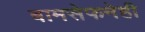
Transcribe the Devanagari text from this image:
बामसेफनेही